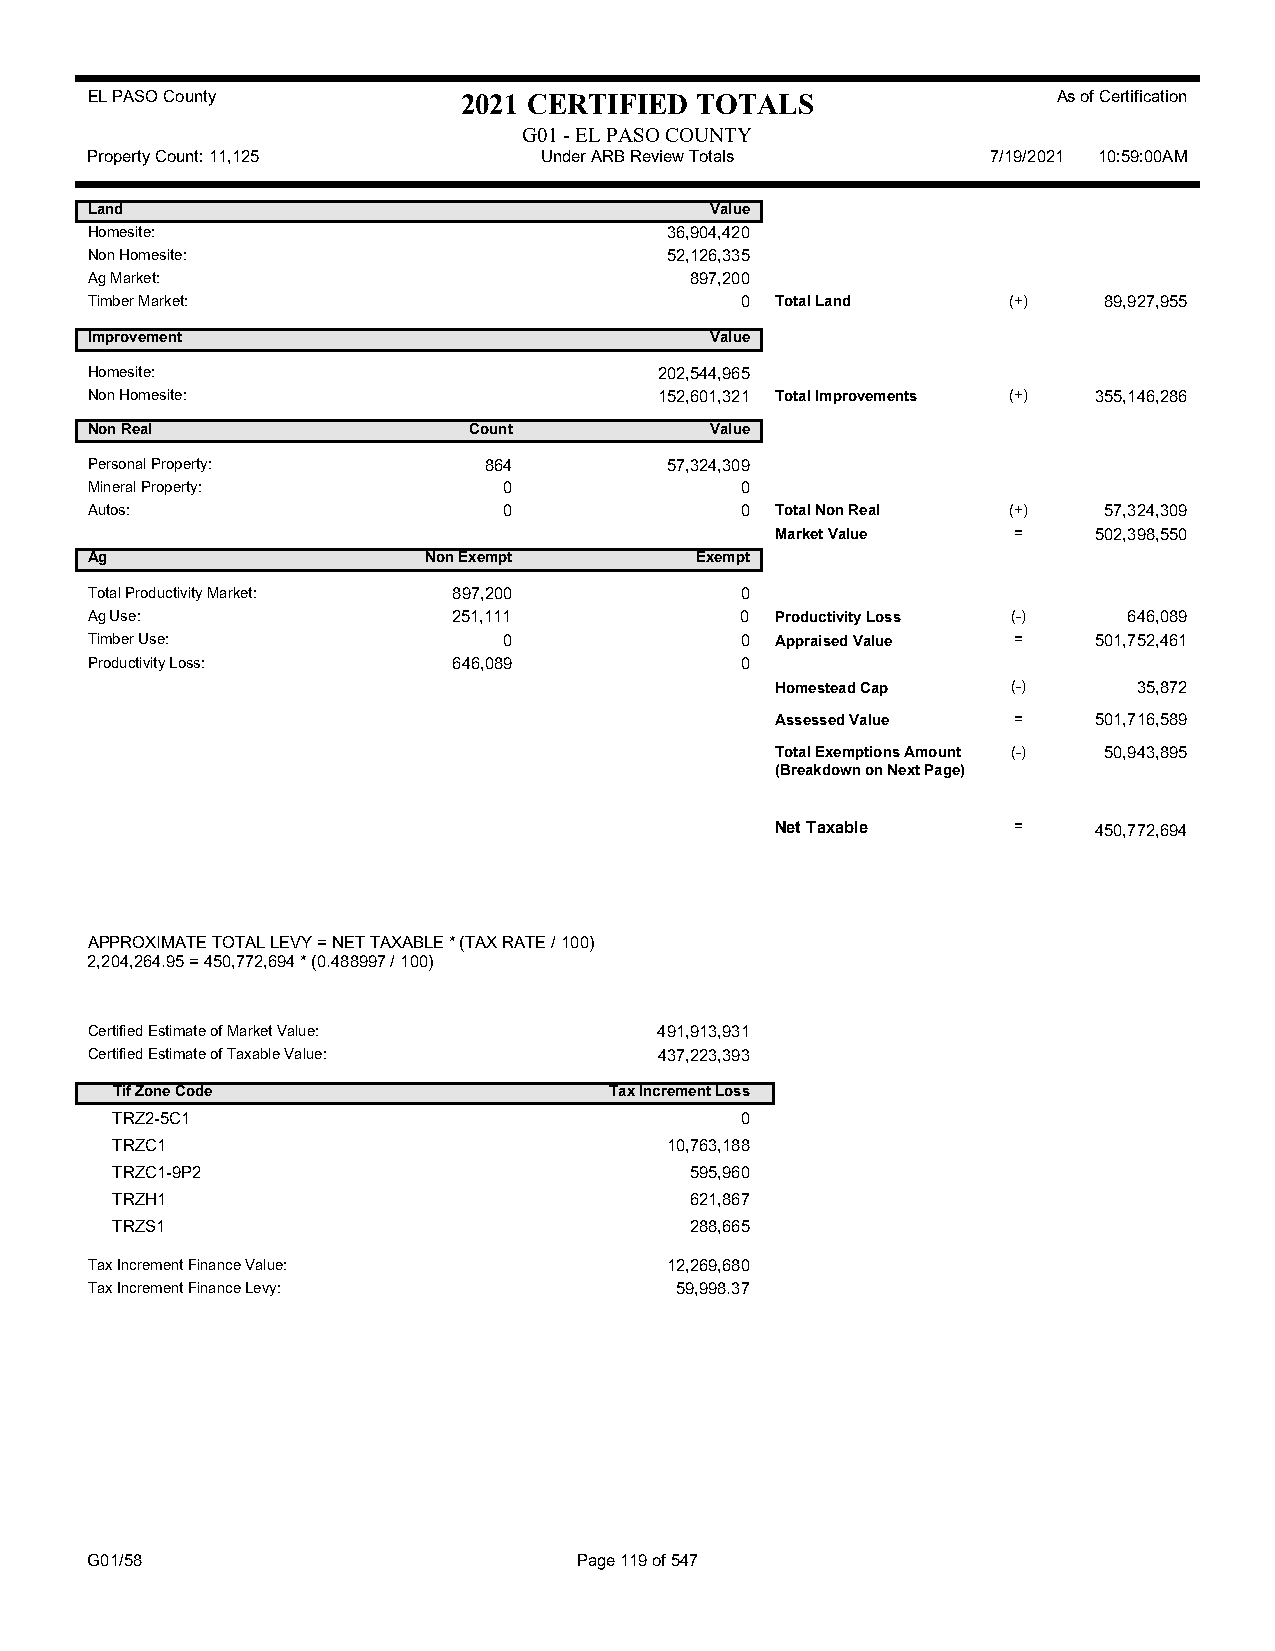
EL PASO County           2021 CERTIFIED TOTALS                  As of Certification
 G01 - EL PASO COUNTY
 Property Count: 11,125        Under ARB Review Totals       7/19/2021 10:59:00AM
 Land                                     Value
 Homesite:                             36,904,420
 Non Homesite:                         52,126,335
 Ag Market:                              897,200
 Timber Market:                             0 Total Land      (+)   89,927,955
 Improvement                              Value
 Homesite:                             202,544,965
 Non Homesite:                         152,601,321 Total Improvements (+) 355,146,286
 Non Real                 Count           Value
 Personal Property:        864         57,324,309
 Mineral Property:          0               0
 Autos:                     0               0 Total Non Real  (+)   57,324,309
 Market Value    =    502,398,550
 Ag                    Non Exempt        Exempt
 Total Productivity Market: 897,200         0
 Ag Use:                 251,111            0 Productivity Loss (-)   646,089
 Timber Use:                0               0 Appraised Value =    501,752,461
 Productivity Loss:      646,089            0
 Homestead Cap   (-)     35,872
 Assessed Value  =    501,716,589
 Total Exemptions Amount (-) 50,943,895
 (Breakdown on Next Page)
 Net Taxable     =    450,772,694
 APPROXIMATE TOTAL LEVY = NET TAXABLE * (TAX RATE / 100)
 2,204,264.95 = 450,772,694 * (0.488997 / 100)
 Certified Estimate of Market Value:   491,913,931
 Certified Estimate of Taxable Value:  437,223,393
 Tif Zone Code                    Tax Increment Loss
 TRZ2-5C1                                  0
 TRZC1                                10,763,188
 TRZC1-9P2                              595,960
 TRZH1                                  621,867
 TRZS1                                  288,665
 Tax Increment Finance Value:          12,269,680
 Tax Increment Finance Levy:            59,998.37
 G01/58                          Page 119 of 547